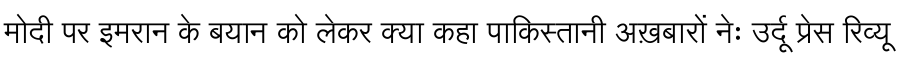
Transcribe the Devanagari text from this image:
मोदी पर इमरान के बयान को लेकर क्या कहा पाकिस्तानी अख़बारों नेः उर्दू प्रेस रिव्यू